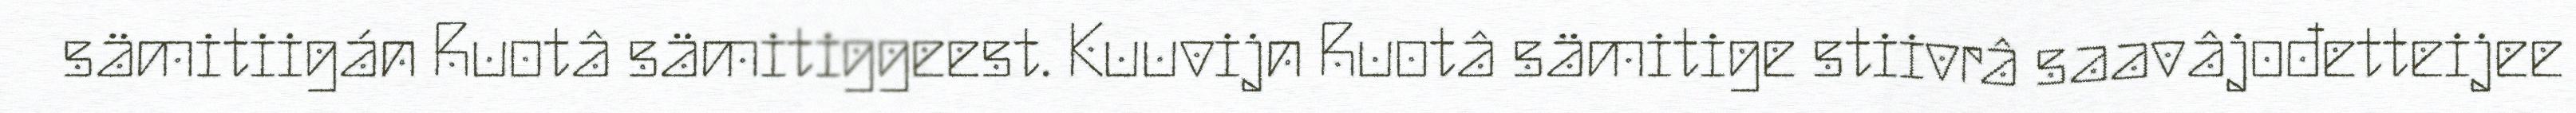
sämitiigán Ruotâ sämitiggeest. Kuuvijn Ruotâ sämitige stiivrâ saavâjođetteijee